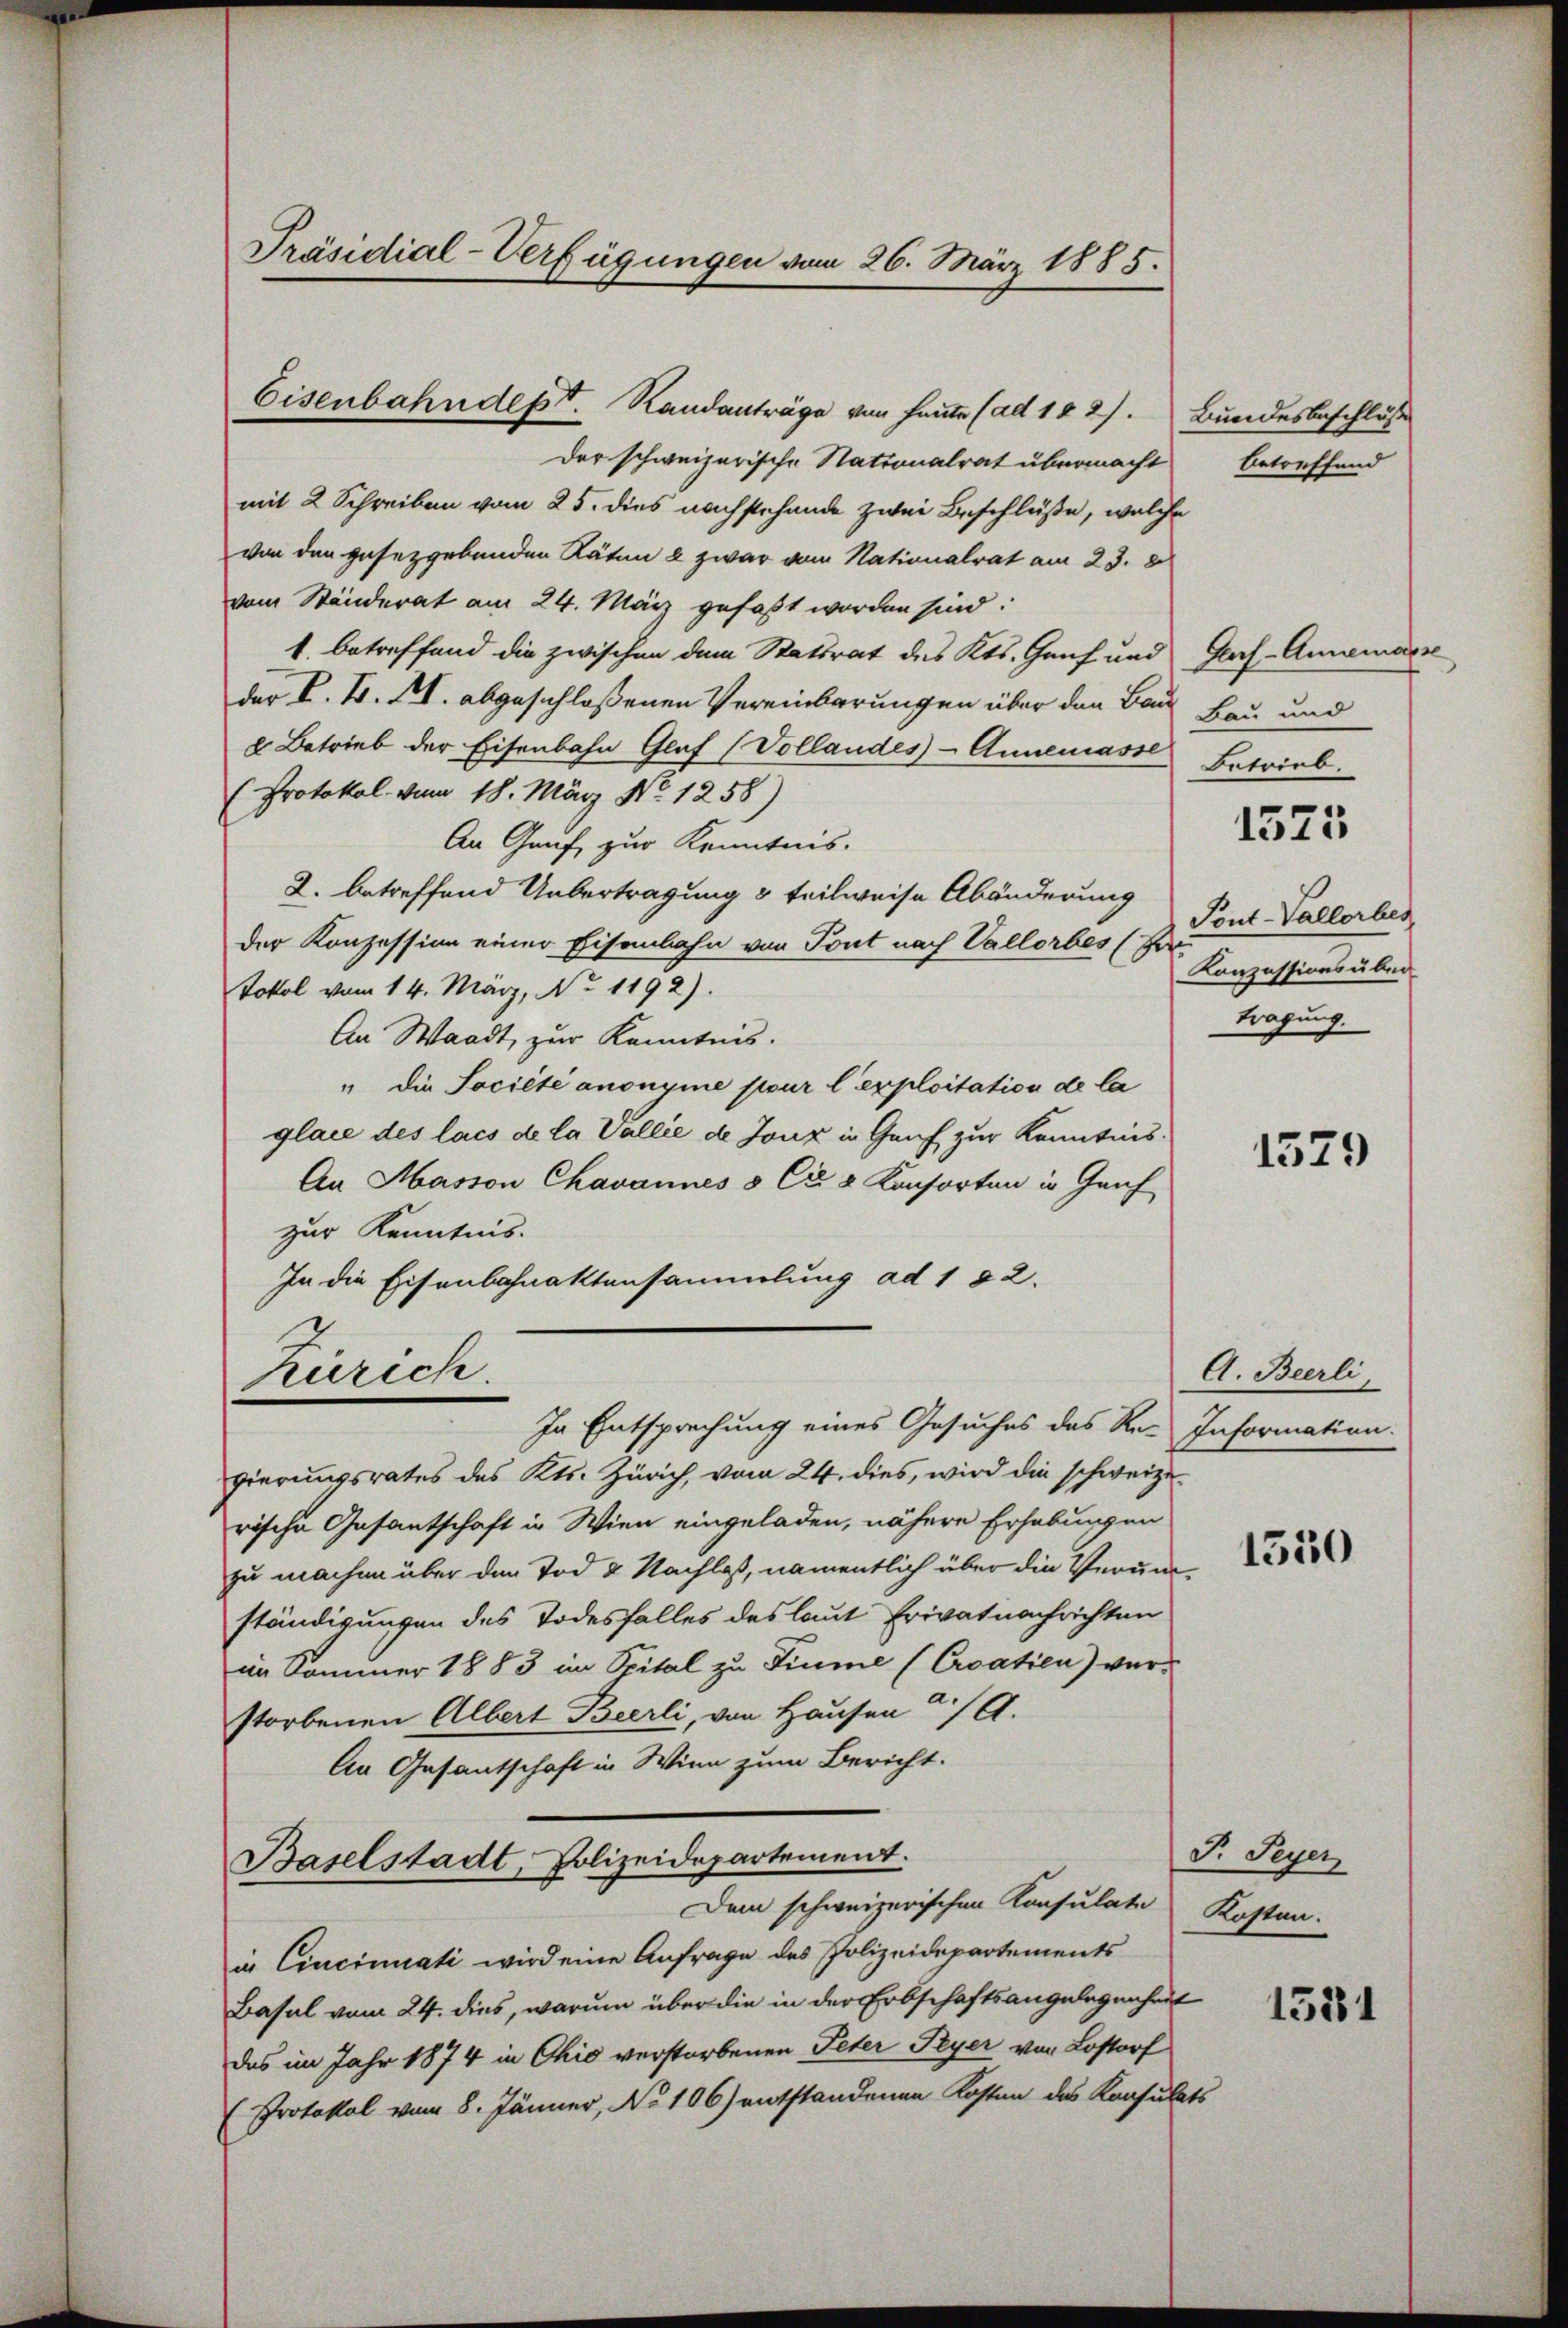
Eisenbahndept. Randanträge von heute (ad 102). Bundesbeschlüss
der schweizerische Nationalrat übermacht
mit 2 Schreiben vom 25. dies nachstehende zwei Beschlüße, welche
von den gesetzgebenden Räten & zwar vom Nationalrat am 23. 8
vom Ständerat am 24. März gefaßt worden sind.
1. betreffend die zwischen dem Stattrat des Kts. Genf und Gas-Annemasse
der L. F. III. abgeschlossenen Vereinbarungen über den Bau Bau und
 Betrieb der Eisenbahn Glaf (Vollandes - Annemasse Betrieb.
(Protokol. vom 18. März No. 1258)
An Genf zur Kenntnis.
2. betreffend Uebertragung 3 teilweise Abänderung
der Konzession einer Eisenbahn von Pont nach Vallorbes (Ver
Total vom 14. März, No 1192).
An Waadt, zur Kenntnis.
" die Société anonyme pour l’exploitation de la
glace des lais de la Vallié de Joux in Genf zur Kenntnis.
An Masson Chavannes à Cr 8 Konsorten in Geif
zur Kenntnis.
In die Eisenbahnaktensammlung ad 182.
Zürich.
In Entsprechung eines Gesuches des Re- Information
gierungsrates des Kts. Zürich, vom 24. dies, wird die schweizerische Gesantschaft in Wien eingeladen, nähere Erhebungen
zu machen über den Tod 2 Nachlaß, namentlich über die Verunständigungen des Todesfalles des laut Erivatnachrichten
im Sommer 1883 im Spital zu Fiume (Croatien) ver-
storbenen Albert Bierli, von Hausen a/A.
An Gesantschaft in Wien zum Bericht.
Baselstadt, Polizeidepartement.
Dem schweizerischen Konsulate Kosten.
in Cinciniati wird eine Anfrage des Polizeidepartements
Basel vom 24. dies, warum über die in der Erbschaftsangelegenheit
das im Jahr 1874 in Chio verstorbenen Peter Peyer von Lostorf
Protokol vom 8. Jänner, No 106) entstandenen Kosten des Konsulats

Präsidial-Verfügungen vom 26. März 1885.

betreffend

1575

Pont-Vallorbes
Konzessions über
tragung.

1579

A. Beerli,

1550

F. Peyer

1531